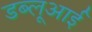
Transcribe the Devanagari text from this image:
डब्लूआई